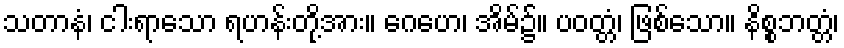
သတာနံ၊ ငါးရာသော ရဟန်းတို့အား။ ဂေဟေ၊ အိမ်၌။ ပဝတ္တံ၊ ဖြစ်သော။ နိစ္စဘတ္တံ၊